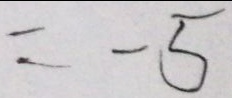
= - 5